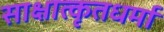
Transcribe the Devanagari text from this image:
साक्षात्कृतधर्मा